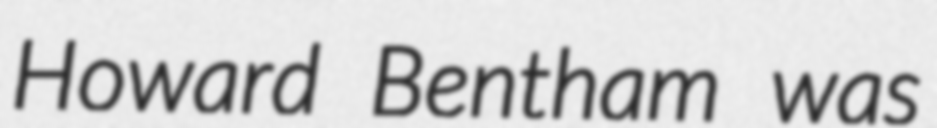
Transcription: Howard Bentham was